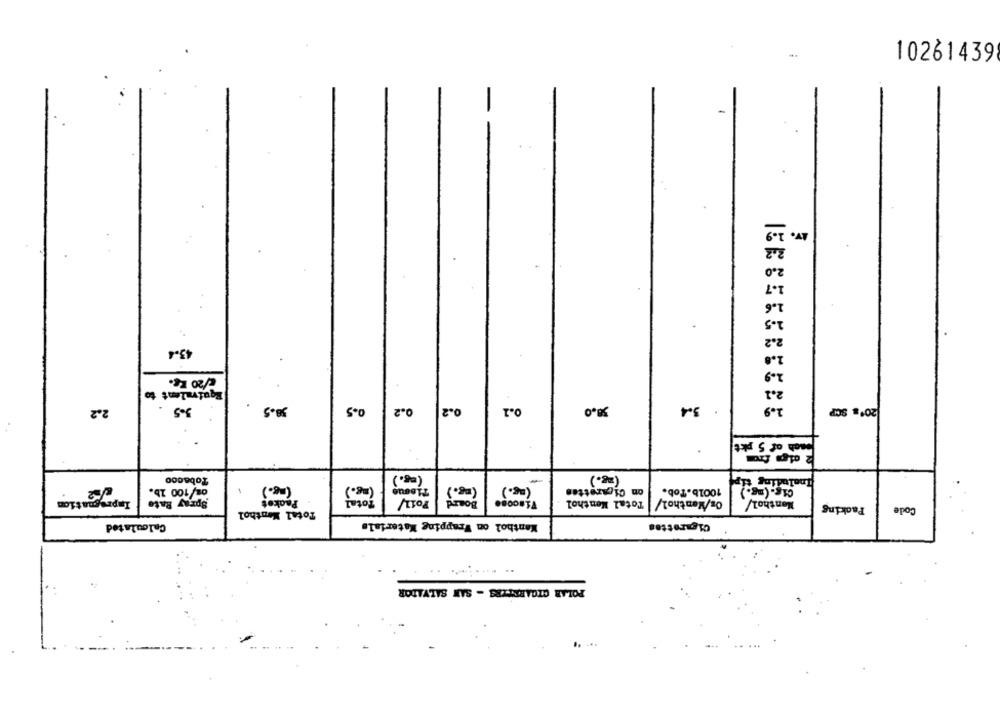
10261439
1.
1.5
2.2
43.4
</20 Eg.
Equivalent to
2.2
3.5
38.5
0.5
0.2
0.2
9.1
38.0
. 3.4
20ºs SCP
each of 5 pkt
2 diga from
Tobacco
(eg.)
(ag.)
Ineluding tip
os/100 1b.
(mg.)
Theque
(=8.)
on Cigarettes
1001b.Tob.
Cis. (mg.)
Total
( ME . )
Impregnation
Spray Rate
Packet
Board
Total Menthol
Oz/Menthol/
Menthol/
Packing
Code
Total Menthol
Calculated
Wantbol on Wrapping Materials
Cigarettes
.. .........
POLAR CIGARETTES - SAN SALVADOR